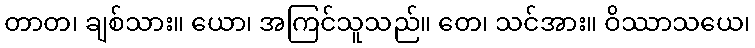
တာတ၊ ချစ်သား။ ယော၊ အကြင်သူသည်။ တေ၊ သင်အား။ ဝိဿာသယေ၊